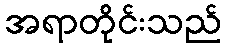
အရာတိုင်းသည်